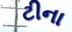
ટીના